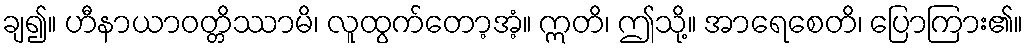
ချ၍။ ဟီနာယာဝတ္တိဿာမိ၊ လူထွက်တော့အံ့။ ဣတိ၊ ဤသို့။ အာရေစေတိ၊ ပြောကြား၏။